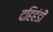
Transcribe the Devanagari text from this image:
दहिहंडी